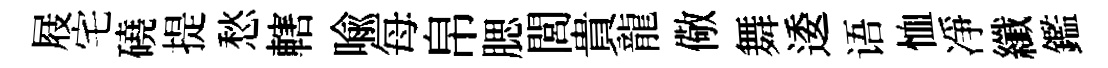
屐宅磽提愁轄喩每帛腮閭貴龍儆舞逶语恤凈纖鑑